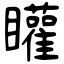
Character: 矔